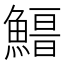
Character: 𩺏